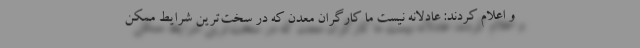
و اعلام کردند: عادلانه نیست ما کارگران معدن که در سخت‌ترین شرایط ممکن